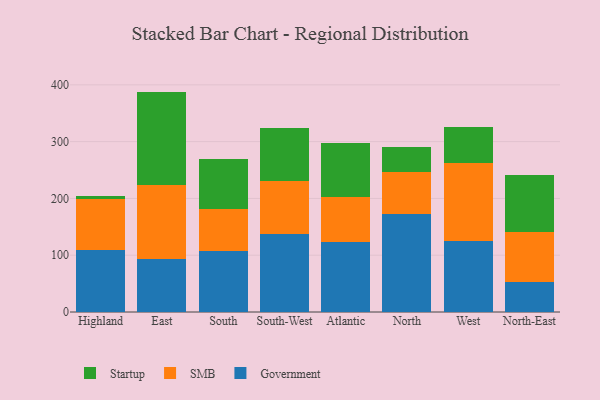
{"axis": {"x": "Region", "y": "Active Users"}, "legend": ["Government", "SMB", "Startup"], "data": [{"x": "Highland", "y": 108.9, "type": "Government"}, {"x": "Highland", "y": 90.5, "type": "SMB"}, {"x": "Highland", "y": 5.4, "type": "Startup"}, {"x": "East", "y": 93.8, "type": "Government"}, {"x": "East", "y": 129.3, "type": "SMB"}, {"x": "East", "y": 165.0, "type": "Startup"}, {"x": "South", "y": 108.0, "type": "Government"}, {"x": "South", "y": 73.6, "type": "SMB"}, {"x": "South", "y": 87.0, "type": "Startup"}, {"x": "South-West", "y": 137.9, "type": "Government"}, {"x": "South-West", "y": 93.5, "type": "SMB"}, {"x": "South-West", "y": 93.4, "type": "Startup"}, {"x": "Atlantic", "y": 124.0, "type": "Government"}, {"x": "Atlantic", "y": 78.6, "type": "SMB"}, {"x": "Atlantic", "y": 94.9, "type": "Startup"}, {"x": "North", "y": 173.4, "type": "Government"}, {"x": "North", "y": 73.5, "type": "SMB"}, {"x": "North", "y": 44.4, "type": "Startup"}, {"x": "West", "y": 124.7, "type": "Government"}, {"x": "West", "y": 137.4, "type": "SMB"}, {"x": "West", "y": 63.3, "type": "Startup"}, {"x": "North-East", "y": 52.3, "type": "Government"}, {"x": "North-East", "y": 89.2, "type": "SMB"}, {"x": "North-East", "y": 100.0, "type": "Startup"}]}